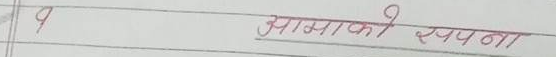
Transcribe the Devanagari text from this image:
प आज्ञाको रचना